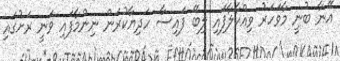
އޭނާ ބުނީ މާވަހަރު ވިއްކާލާފައި ލިބޭ ފައިސާ ހަދިޔާކުރަން ނިންމާފައި ވަނީ ރަށުގައި